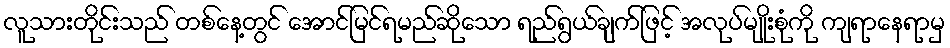
လူသားတိုင်းသည် တစ်နေ့တွင် အောင်မြင်ရမည်ဆိုသော ရည်ရွယ်ချက်ဖြင့် အလုပ်မျိုးစုံကို ကျရာနေရာမှ